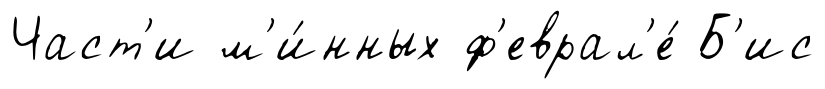
Част'и м'и́нных ф'еврал'е́ Б'ис